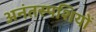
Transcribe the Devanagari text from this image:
अनंतस्पशियों